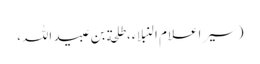
(سیر اعلام النبلاء، طلحة بن عبید اللہ،